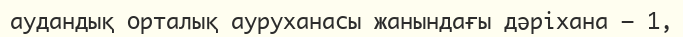
аудандық орталық ауруханасы жанындағы дәріхана — 1,